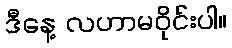
ဒီနေ့ လဟာမဝိုင်းပါ။